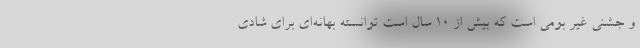
و جشنی غیر بومی است که بیش از ۱۰ سال است توانسته بهانه‌ای برای شادی